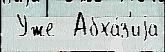
 Уже  Абха́з'иjа